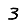
Digit: 3